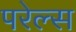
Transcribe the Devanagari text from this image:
परेल्स